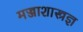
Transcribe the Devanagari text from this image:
मज्जाशास्त्रज्ञ